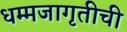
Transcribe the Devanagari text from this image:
धम्मजागृतीची